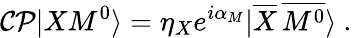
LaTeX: {\cal CP}|XM^{0}\rangle=\eta_{X}e^{i\alpha_{M}}|\overline{{{X}}}\, \overline{{{M^{0}}}}\rangle\ .